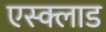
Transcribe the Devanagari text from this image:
एस्क्लाड